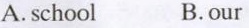
A.school B.our